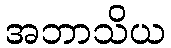
အဘာသိယ